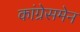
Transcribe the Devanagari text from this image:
कांग्रेसमेन